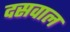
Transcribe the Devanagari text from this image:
दसवाल